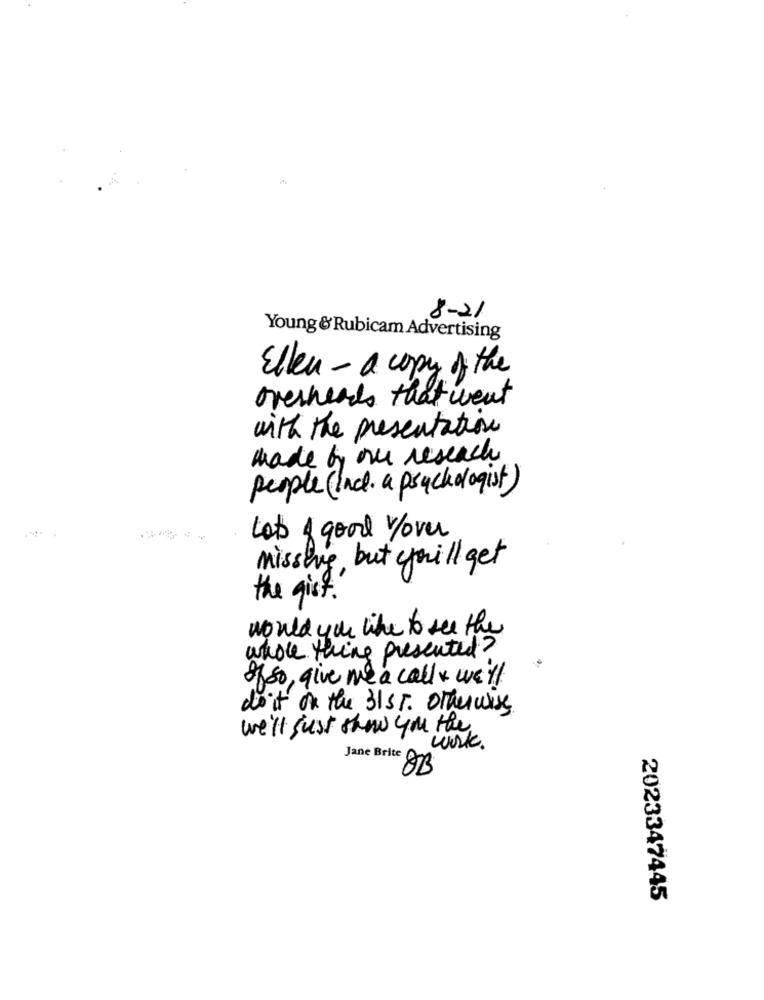
8-21
Young & Rubicam Advertising
Ellen - a copy of the
overheads that went
with the presentation
made by our research
people (Inc. a psychologist)
Lots & good w/over
missing, but youi'll get
the gist .
would you like to see the
whole thing presented ?
ofso, give me a call & we'll
do it on the 31 ST. Otherwise
we'll just show you the
work.
Jane Brite
2023347445